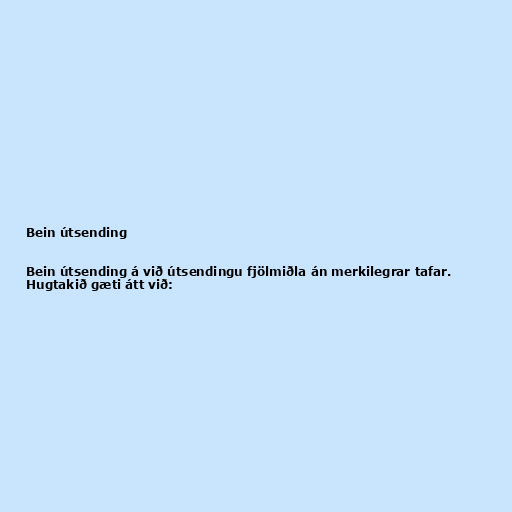
Bein útsending

Bein útsending á við útsendingu fjölmiðla án merkilegrar tafar.
Hugtakið gæti átt við: